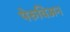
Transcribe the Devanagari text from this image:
पेरुविअन